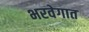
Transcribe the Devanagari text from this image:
भरवेगात